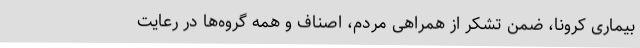
بیماری کرونا، ضمن تشکر از همراهی مردم، اصناف و همه گروه‌ها در رعایت